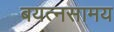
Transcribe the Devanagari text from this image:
बयत्नसामय